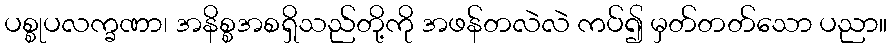
ပစ္စုပလက္ခဏာ၊ အနိစ္စအစရှိသည်တို့ကို အဖန်တလဲလဲ ကပ်၍ မှတ်တတ်သော ပညာ။